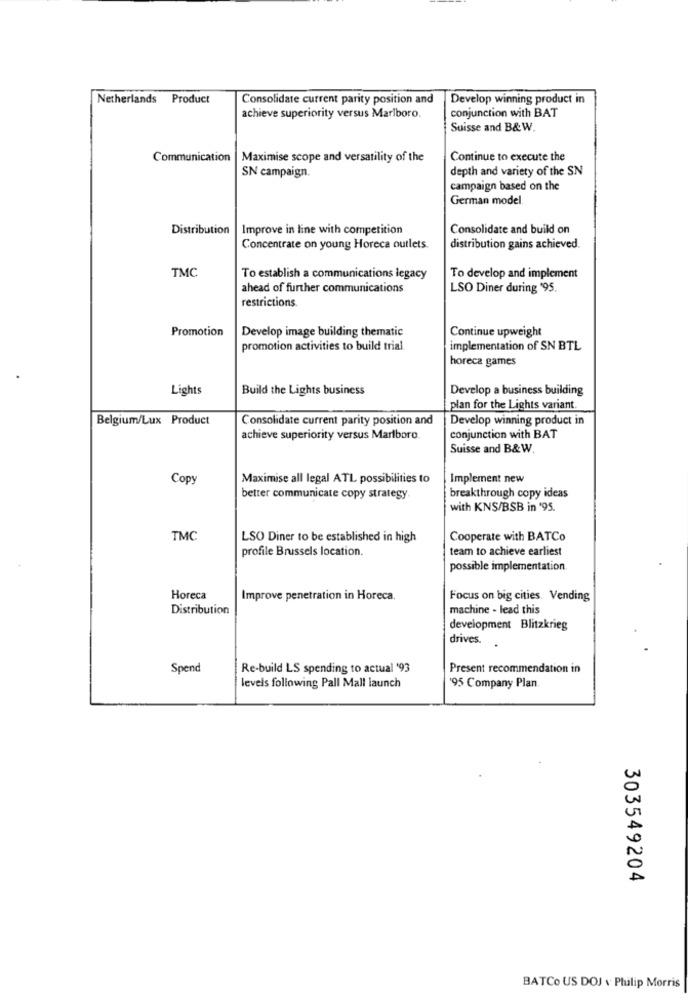
Netherlands Product
Consolidate current parity position and
Develop winning product in
conjunction with BAT
achieve superiority versus Marlboro.
Suisse and B&W.
Communication
Maximise scope and versatility of the
Continue to execute the
depth and variety of the SN
SN campaign.
campaign based on the
German model.
Distribution
Improve in line with competition
Consolidate and build on
Concentrate on young Horeca outlets.
distribution gains achieved.
TMC
To establish a communications legacy
To develop and implement
ahead of further communications
LSO Diner during 195.
restrictions
Promotion
Develop image building thematic
Continue upweight
promotion activities to build trial.
implementation of SN BTL
horeca games
Lights
Build the Lights business
Develop a business building
plan for the Lights variant.
Belgium/Lux Product
Consolidate current parity position and
Develop winning product in
achieve superiority versus Marlboro.
conjunction with BAT
Suisse and B&W.
Copy
Maximise all legal ATL possibilities to
Implement new
better communicate copy strategy.
breakthrough copy ideas
with KNS/BSB in '95.
TMC
LSO Diner to be established in high
Cooperate with BATCo
profile Brussels location.
team to achieve earliest
possible implementation
Horeca
Improve penetration in Horeca.
Focus on big cities. Vending
Distribution
machine - lead this
development Blitzkrieg
drives.
Spend
Re-build LS spending to actual '93
Present recommendation in
levels following Pall Mall launch
'95 Company Plan
303549204
BATCO US DOJ v Philip Morris